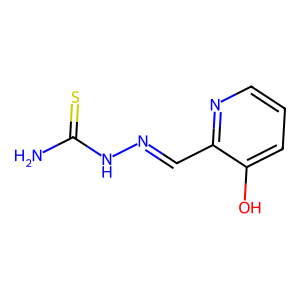
SMILES: NC(=S)NN=Cc1ncccc1O
Inhibits HIV replication: No